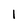
Character: 1